Vaccination report Assam 1896-1927 - 1896-1927
Year: 1896
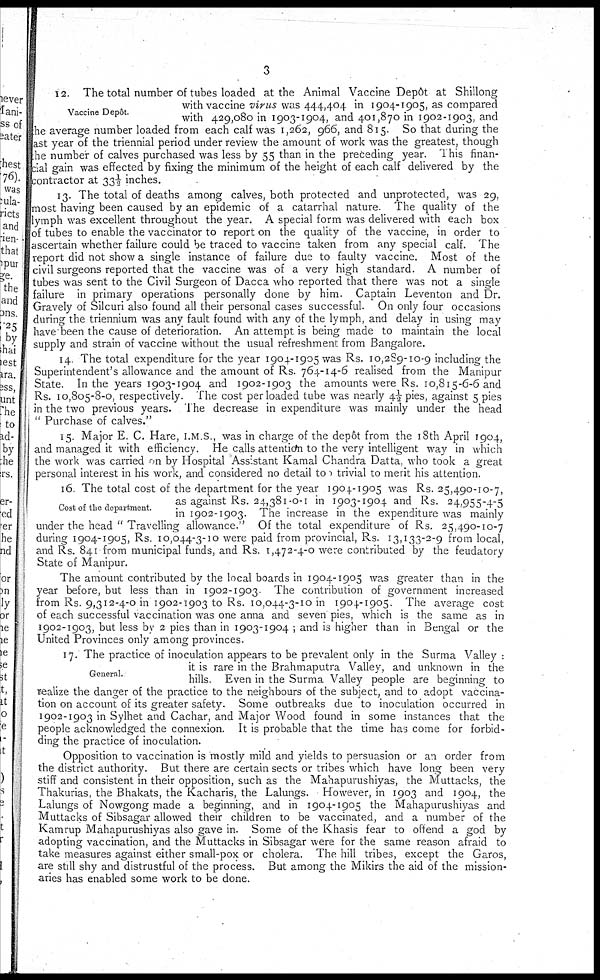
3
Vaccine Depôt.
12. The total number of tubes loaded at the Animal Vaccine Depôt at Shillong
with vaccine virus was 444,404 in 1904-1905, as compared
with 429,080 in 1903-1904, and 401,870 in 1902-1903, and
the average number loaded from each calf was 1,262, 966, and 815. So that during the
last year of the triennial period under review the amount of work was the greatest, though
the number of calves purchased was less by 55 than in the preceding year. This finan-
cial gain was effected by fixing the minimum of the height of each calf delivered by the
contractor at 33½ inches.
13. The total of deaths among calves, both protected and unprotected, was 29,
most having been caused by an epidemic of a catarrhal nature. The quality of the
lymph was excellent throughout the year. A special form was delivered with each box
of tubes to enable the vaccinator to report on the quality of the vaccine, in order to
ascertain whether failure could be traced to vaccine taken from any special calf. The
report did not show a single instance of failure due to faulty vaccine. Most of the
civil surgeons reported that the vaccine was of a very high standard. A number of
tubes was sent to the Civil Surgeon of Dacca who reported that there was not a single
failure in primary operations personally done by him. Captain Leventon and Dr.
Gravely of Silcuri also found all their personal cases successful. On only four occasions
during the triennium was any fault found with any of the lymph, and delay in using may
have been the cause of deterioration. An attempt is being made to maintain the local
supply and strain of vaccine without the usual refreshment from Bangalore.
14. The total expenditure for the year 1904-1905 was Rs. 10,289-10-9 including the
Superintendent's allowance and the amount of Rs. 764-14-6 realised from the Manipur
State. In the years 1903-1904 and 1902-1903 the amounts were Rs. 10,815-6-6 and
Rs. 10,805-8-0, respectively. The cost per loaded tube was nearly 4½pies, against 5 pies
in the two previous years. The decrease in expenditure was mainly under the head
" Purchase of calves."
15. Major E. C. Hare, I.M S., was in charge of the depôt from the 18th April 1904,
and managed it with efficiency. He calls attention to the very intelligent way in which
the work was carried on by Hospital Assistant Kamal Chandra Datta, who took a great
personal interest in his work, and considered no detail to trivial to merit his attention.
Cost of the department.
16 The total cost of the department for the year 1904-1905 was Rs. 25,490-10-7,
as against Rs. 24,381-0-1 in 1903-1904 and Rs. 24,955-4-5
in 1902-1903. The increase in the expenditure was mainly
under the head " Travelling allowance." Of the total expenditure of Rs. 25,490-10-7
during 1904-1905, Rs. 10,044-3-10 were paid from provincial, Rs. 13,133-2-9 from local,
and Rs. 841 from municipal funds, and Rs. 1,472-4-0 were contributed by the feudatory
State of Manipur.
The amount contributed by the local boards in 1904-1905 was greater than in the
year before, but less than in 1902-1903. The contribution of government increased
from Rs. 9,312-4-0 in 1902-1903 to Rs. 10,044-3-10 in 1904-1905. The average cost
of each successful vaccination was one anna and seven pies, which is the same as in
1902-1903, but less by 2 pies than in 1903-1904 ; and is higher than in Bengal or the
United Provinces only among provinces.
General.
17. The practice of inoculation appears to be prevalent only in the Surma Valley :
it is rare in the Brahmaputra Valley, and unknown in the
hills. Even in the Surma Valley people are beginning to
realize the danger of the practice to the neighbours of the subject, and to adopt vaccina-
tion on account of its greater safety. Some outbreaks due to inoculation occurred in
1902-1903 in Sylhet and Cachar, and Major Wood found in some instances that the
people acknowledged the connexion. It is probable that the time has come for forbid-
ding the practice of inoculation.
Opposition to vaccination is mostly mild and yields to persuasion or an order from
the district authority. But there are certain sects or tribes which have long been very
stiff and consistent in their opposition, such as the Mahapurushiyas, the Muttacks, the
Thakurias, the Bhakats, the Kacharis, the Lalungs. However, in 1903 and 1904, the
Lalungs of Nowgong made a beginning, and in 1904-1905 the Mahapurushiyas and
Muttacks of Sibsagar allowed their children to be vaccinated, and a number of the
Kamrup Mahapurushiyas also gave in. Some of the Khasis fear to oftend a god by
adopting vaccination, and the Muttacks in Sibsagar were for the same reason afraid to
take measures against either small-pox or cholera. The hill tribes, except the Garos,
are still shy and distrustful of the process. But among the Mikirs the aid of the mission-
aries has enabled some work to be done.